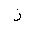
Letter: _zay